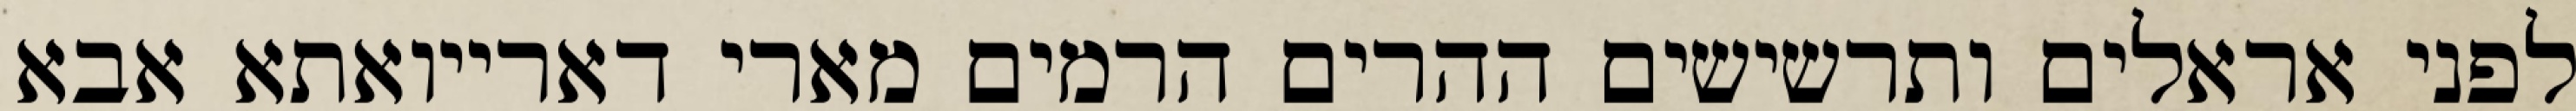
לפני אראלים ותרשישים ההרים הרמים מארי דארייואתא אבא